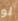
لو